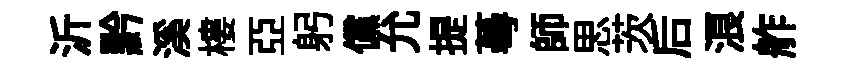
沂黔溪樓亞躬儻允提蕚師思茨后浪舴